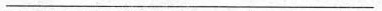
___